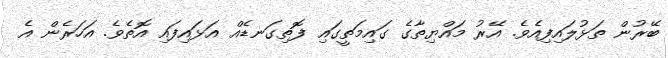
ބޭރުން ތަޅުލައިފިއެވެ. އޭރު މައްޔިތާގެ ގައިމަތީގައި ފޮތިގަނޑެއް އަޅައިފައި އޮތެވެ. އަހަރެން އެ